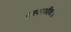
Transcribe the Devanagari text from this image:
द्वारकाधीश॥